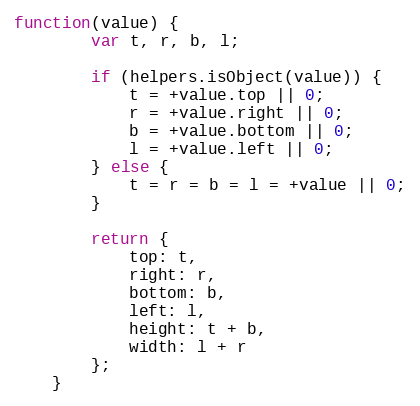
Language: JavaScript
function(value) {
		var t, r, b, l;

		if (helpers.isObject(value)) {
			t = +value.top || 0;
			r = +value.right || 0;
			b = +value.bottom || 0;
			l = +value.left || 0;
		} else {
			t = r = b = l = +value || 0;
		}

		return {
			top: t,
			right: r,
			bottom: b,
			left: l,
			height: t + b,
			width: l + r
		};
	}